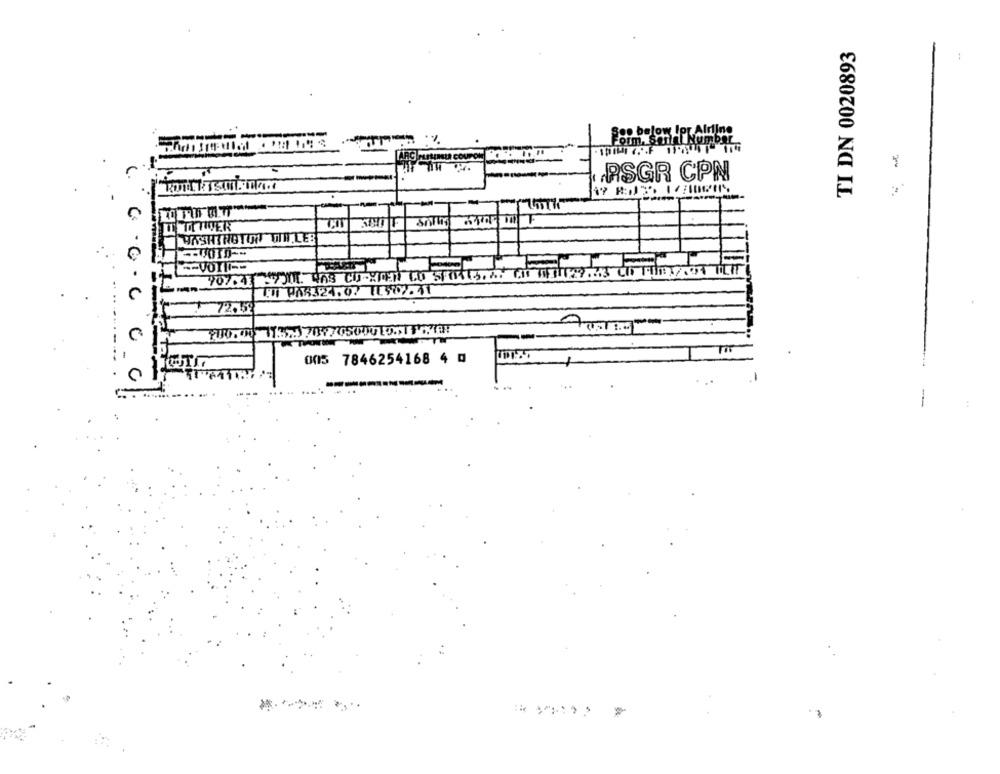
TI DN 0020893
:
Soo below Ipt Alding
------
ARG PLEMINEUR COUPON
PSGR CPN
TIF
LINIITIVER
WASHINGTON WIN.LES
907.43 .7501. 408 CI XMEN CO SPIRITS,3. 6 OF3129.43 CO PORTION TILIT
100 PAR324.07 EL57. 41
72.159
700.00 11.5.1709705000 10.51 FOTO
005 7846254168 4 @
-
---- -